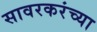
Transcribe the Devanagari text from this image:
सावरकरंच्या